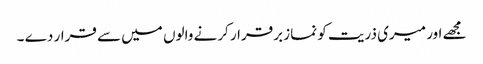
مجھے اور میری ذریت کو نماز برقرار کرنے والوں میں سے قرار دے ۔